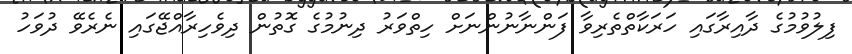
ފިލުވުމުގެ ދާއިރާގައި ހަރަކާތްތެރިވާ ފަންނާނުންނަށް ހިތްވަރު ދިނުމުގެ ގޮތުން ދިވެހިރާއްޖޭގައި ނެރެވޭ ދުވަހު